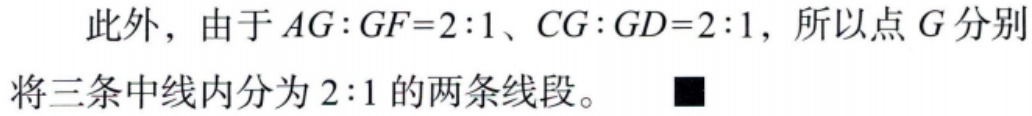
此外，由于 \(AG:GF = 2:1\)、\(CG:GD = 2:1\)，所以点 \(G\) 分别将三条中线内分为 \(2:1\) 的两条线段。$\blacksquare$